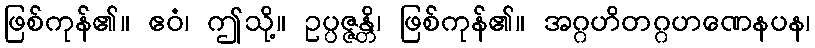
ဖြစ်ကုန်၏။ ဧဝံ၊ ဤသို့။ ဥပ္ပဇ္ဇန္တိ၊ ဖြစ်ကုန်၏။ အဂ္ဂဟိတဂ္ဂဟဏေနပန၊